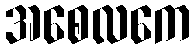
အစေလကေ